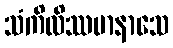
သံကိလိဿမာနာသေ